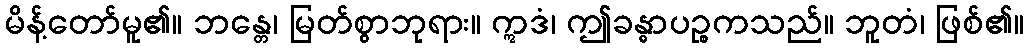
မိန့်တော်မူ၏။ ဘန္တေ၊ မြတ်စွာဘုရား။ ဣဒံ၊ ဤခန္ဓာပဉ္စကသည်။ ဘူတံ၊ ဖြစ်၏။